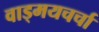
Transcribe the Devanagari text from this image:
वाड्मयचर्चा